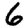
Digit: 6